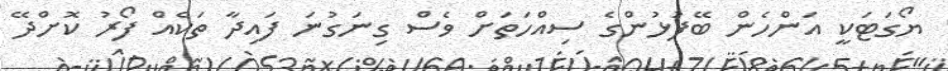
ޔޯގަޓަކީ އަންހެން ބޭފުޅުންގެ ސިއްހަތަށް ވެސް ގިނަގުނަ ފައިދާ ތަކެއް ފޯރު ކޮށްދޭ